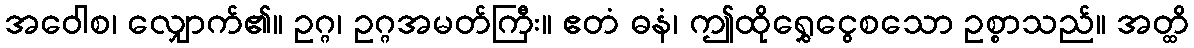
အဝေါစ၊ လျှောက်၏။ ဥဂ္ဂ၊ ဥဂ္ဂအမတ်ကြီး။ ဧတံ ဓနံ၊ ဤထိုရွှေငွေစသော ဥစ္စာသည်။ အတ္ထိ